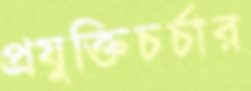
প্রযুক্তিচর্চার